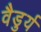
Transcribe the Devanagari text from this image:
वैडुर्य